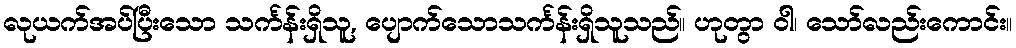
လုယက်အပ်ပြီးသော သင်္ကန်းရှိသူ, ပျောက်သောသင်္ကန်းရှိသူသည်။ ဟုတွာ ဝါ၊ သော်လည်းကောင်း။